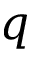
q